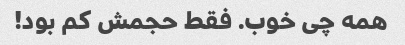
همه چی خوب. فقط حجمش کم بود!